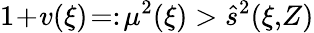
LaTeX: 1\! +\! v(\xi)\! =:\! \mu^{2}(\xi)>\hat{s}^{2}(\xi,\! Z)